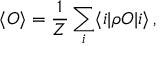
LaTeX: \langle { \cal O } \rangle = \frac { 1 } { Z } \sum _ { i } \langle i | \rho { \cal O } | i \rangle \, ,